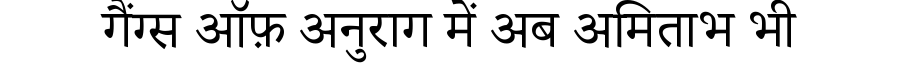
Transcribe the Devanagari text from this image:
गैंग्स ऑफ़ अनुराग में अब अमिताभ भी